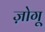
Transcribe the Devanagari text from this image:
ज़ोगू